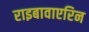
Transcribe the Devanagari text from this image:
राइबावाएरिन